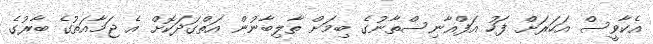
އެކާވީސް އަހަރަށް ފަހު އަފްޣާނިސްތާނުގެ ބިމަށް ތާލިބާނުން އަތްގަދަކޮށް އެ ޖަމާއަތުގެ ބާރުގެ